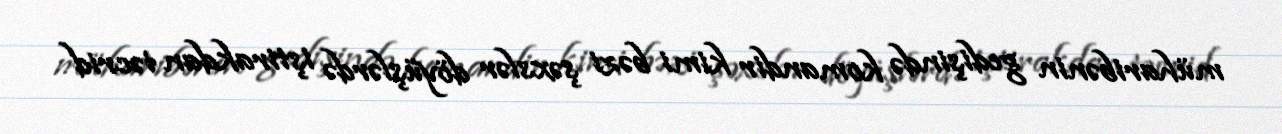
müharibənin gedişində komandir kimi bəzi şəxslər döyüşlərdə iştirakdan təcrid